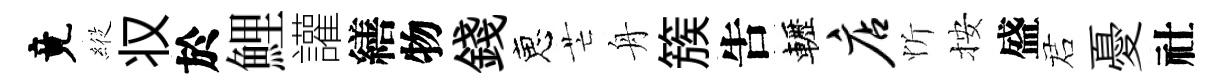
竟𦂵𠬧於鯉讙繕物錢恵芒舟簇吿轣店忻按盛诺憂社